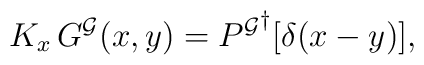
K_x \, G^{\cal G}(x,y) = {P^{\cal G}}^\dagger[\delta(x-y)],